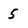
Character: 5